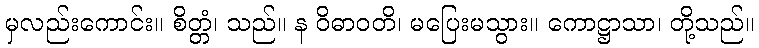
မှလည်းကောင်း။ စိတ္တံ၊ သည်။ န ဝိဓာဝတိ၊ မပြေးမသွား။ ကောဋ္ဌာသာ၊ တို့သည်။